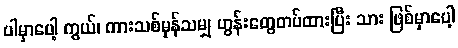
ပါမှာပေါ့ ကွယ်၊ ကားသစ်မှန်သမျှ ဟွန်းတွေတပ်ထားပြီး သား ဖြစ်မှာပေါ့